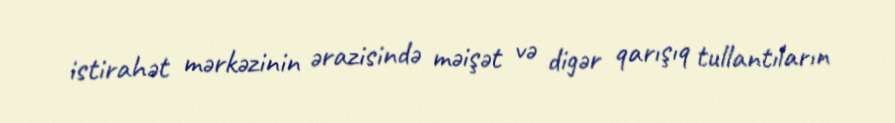
istirahət mərkəzinin ərazisində məişət və digər qarışıq tullantıların